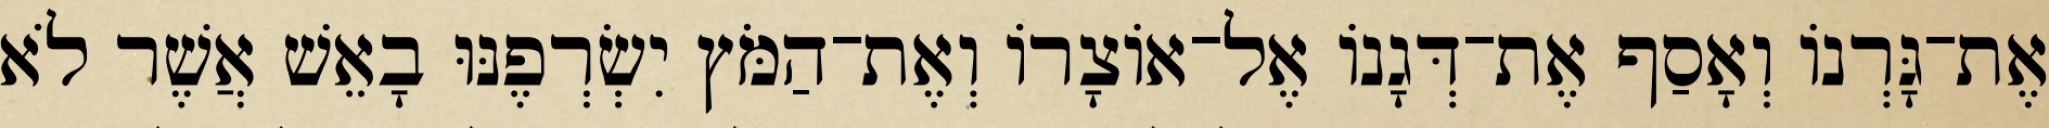
אֶת־גָּרְנוֹ וְאָסַף אֶת־דְּגָנוֹ אֶל־אוֹצָרוֹ וְאֶת־הַמֹּץ יִשְׂרְפֶנּוּ בָאֵשׁ אֲשֶׁר לֹא